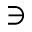
\ni